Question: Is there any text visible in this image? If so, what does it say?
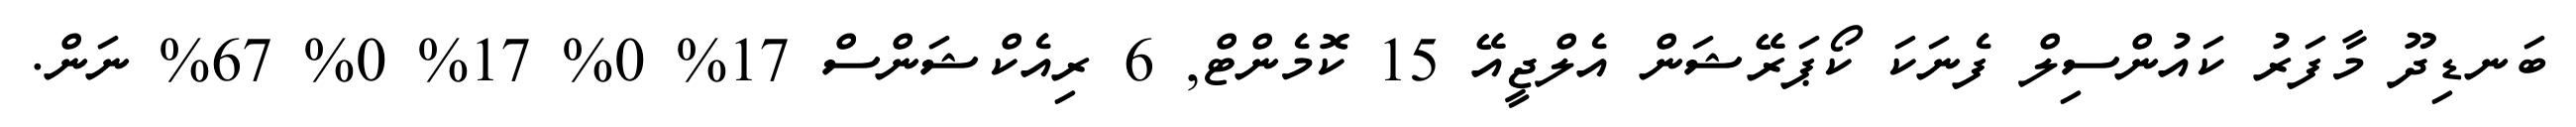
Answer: ބަނޑިދޫ މާފަރު ކައުންސިލް ފެނަކަ ކޯޕަރޭޝަން އެލްޖީއޭ 15 ކޮމެންޓް, 6 ރިއެކްޝަންސް 17% 0% 17% 0% 67% ނަން.